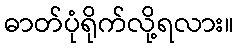
ဓာတ်ပုံရိုက်လို့ရလား။